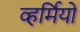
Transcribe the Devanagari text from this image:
व्हर्मियों